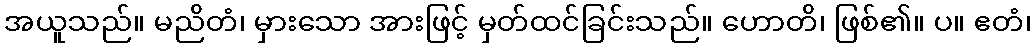
အယူသည်။ မညိတံ၊ မှားသော အားဖြင့် မှတ်ထင်ခြင်းသည်။ ဟောတိ၊ ဖြစ်၏။ ပ။ ဧတံ၊